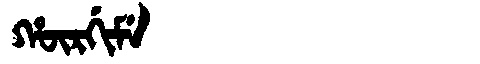
Manchu: ᡥᡡᡵᡤᡳᠮᡝ
Romanization: HŪRGIME